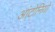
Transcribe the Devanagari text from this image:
आंटोनियो